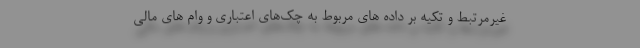
غیرمرتبط و تکیه بر داده های مربوط به چک‌های اعتباری و وام های مالی